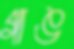
গাঙ